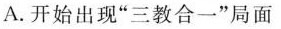
A.开始出现”三教合一”局面